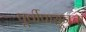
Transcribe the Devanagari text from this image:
पूर्वीपासूनचा